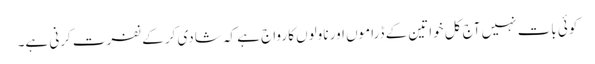
کوئی بات نہیں آج کل خواتین کے ڈراموں اور ناولوں کا رواج ہے کہ شادی کر کے نفرت کرنی ہے۔